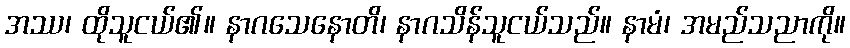
အဿ၊ ထိုသူငယ်၏။ နာဂသေနောတိ၊ နာဂသိန်သူငယ်သည်။ နာမံ၊ အမည်သညာကို။